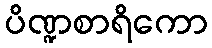
ပိဏ္ဍစာရိကော